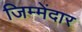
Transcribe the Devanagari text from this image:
जिम्मेंदार